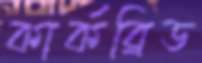
কার্কব্রিড